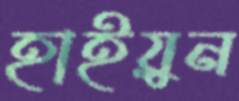
হাইয়ুন